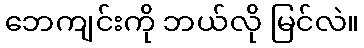
ဘေကျင်းကို ဘယ်လို မြင်လဲ။